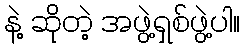
နဲ့ ဆိုတဲ့ အဖွဲ့ရှစ်ဖွဲ့ပါ။